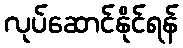
လုပ်ဆောင်နိုင်ရန်